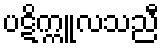
ပဋိက္ကူလသညီ